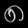
Digit: ၈